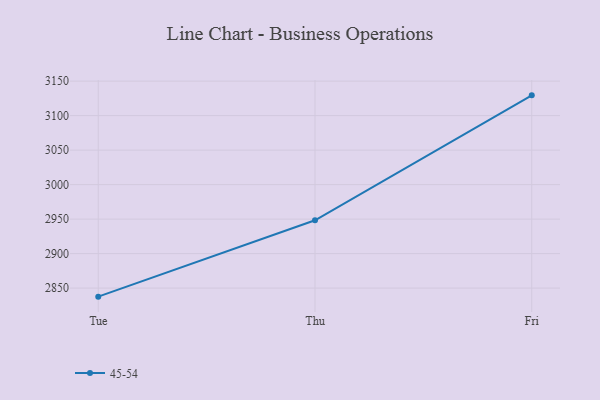
{"axis": {"x": "Day", "y": "Churn Rate (%)"}, "legend": ["45-54"], "data": [{"x": "Tue", "y": 2837.6, "type": "45-54"}, {"x": "Thu", "y": 2948.3, "type": "45-54"}, {"x": "Fri", "y": 3129.4, "type": "45-54"}]}